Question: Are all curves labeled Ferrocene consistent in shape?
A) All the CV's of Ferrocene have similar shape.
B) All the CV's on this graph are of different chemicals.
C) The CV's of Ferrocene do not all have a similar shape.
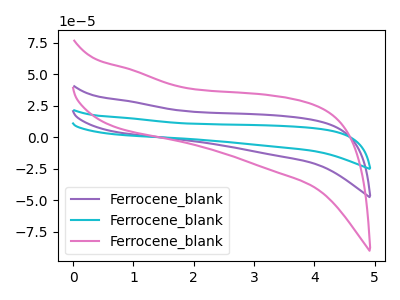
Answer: <think>The purple curve "Ferrocene_blank1" has no peaks. The cyan curve "Ferrocene_blank2" has no peaks. The pink curve "Ferrocene_blank3" has no peaks.
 Neither "Ferrocene_blank1" or "Ferrocene_blank2" have any peaks. Neither "Ferrocene_blank1" or "Ferrocene_blank3" have any peaks. Neither "Ferrocene_blank2" or "Ferrocene_blank3" have any peaks.</think>
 <answer>A) All the CV's of "Ferrocene" have similar shape.</answer>
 <eval>A</eval>